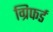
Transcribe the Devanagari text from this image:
ग्रिफर्ड